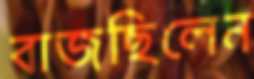
বাজছিলেন